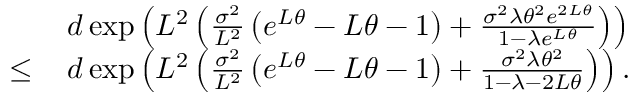
\begin{array} { r l } & { d \exp \left( L ^ { 2 } \left( \frac { \sigma ^ { 2 } } { L ^ { 2 } } \left( e ^ { L \theta } - L \theta - 1 \right) + \frac { \sigma ^ { 2 } \lambda \theta ^ { 2 } e ^ { 2 L \theta } } { 1 - \lambda e ^ { L \theta } } \right) \right) } \\ { \leq \, } & { d \exp \left( L ^ { 2 } \left( \frac { \sigma ^ { 2 } } { L ^ { 2 } } \left( e ^ { L \theta } - L \theta - 1 \right) + \frac { \sigma ^ { 2 } \lambda \theta ^ { 2 } } { 1 - \lambda - 2 L \theta } \right) \right) . } \end{array}